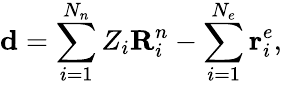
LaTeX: \textbf{d}=\sum_{i=1}^{N_{n}}Z_{i}\textbf{R}_{i}^{n}-\sum_{i=1}^{N_{e}}\textbf{r}_{i}^{e},